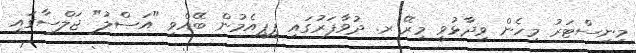
މިނިސްޓަރު މިހެން ވިދާޅުވީ މިރޭ ރ. ދުވާފަރުގައި ޕީޕީއެމުން ބޭއްވި "އަސްލު" ޖަލްސާގައި